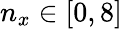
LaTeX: n_{x}\in[0,8]